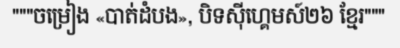
"""ចម្រៀង «បាត់ដំបង», បិទស៊ីហ្គេមស៍២៦ ខ្មែរ"""